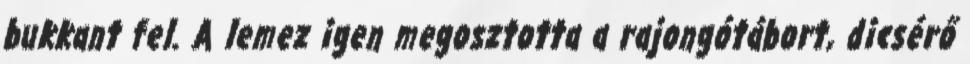
bukkant fel. A lemez igen megosztotta a rajongótábort, dicsérő